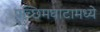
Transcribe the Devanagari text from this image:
पच्छिमघाटामध्ये